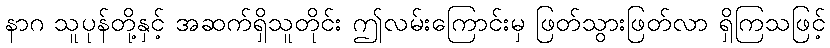
နာဂ သူပုန်တို့နှင့် အဆက်ရှိသူတိုင်း ဤလမ်းကြောင်းမှ ဖြတ်သွားဖြတ်လာ ရှိကြသဖြင့်